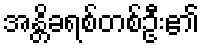
အန္တိခရစ်တစ်ဦး၏